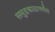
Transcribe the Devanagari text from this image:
समुद्रकाठापर्यंत